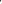
()16.Dale is Mr. Brown's son.